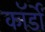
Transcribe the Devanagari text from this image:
कॉर्डों